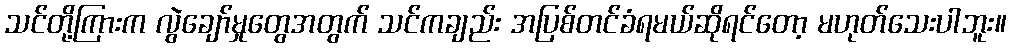
သင်တို့ကြားက လွဲချော်မှုတွေအတွက် သင်ကချည်း အပြစ်တင်ခံရမယ်ဆိုရင်တော့ မဟုတ်သေးပါဘူး။